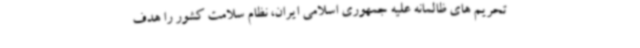
تحریم های ظالمانه علیه جمهوری اسلامی ایران، نظام سلامت کشور را هدف